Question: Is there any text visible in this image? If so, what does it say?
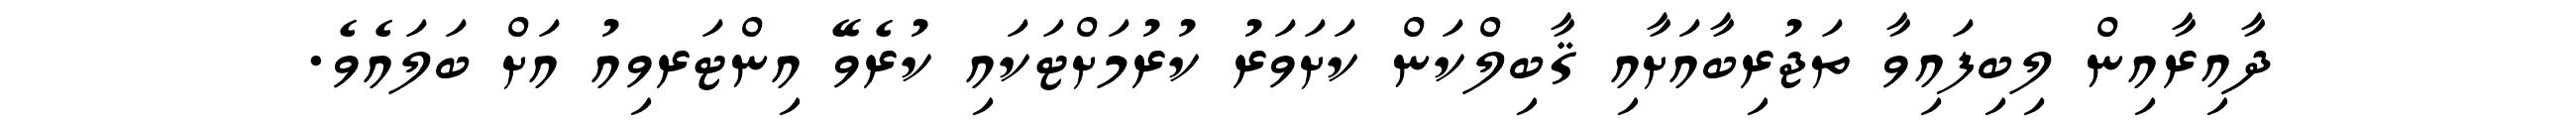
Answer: ދާއިރާއިން ލިބިފައިވާ ތަޖުރިބާއަށާއި ޤާބިލްކަން ކަށަވަރު ކުރުމަށްޓަކައި ކުރެވޭ އިންޓަރވިއު އަށް ބަލައެވެ.